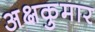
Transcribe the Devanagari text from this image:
अक्षकुमार